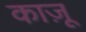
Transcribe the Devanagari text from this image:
काज़ू